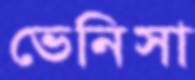
ভেনিসা